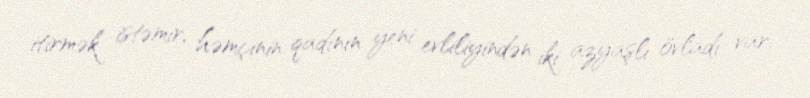
itirmək istəmir, həmçinin qadının yeni evliliyindən iki azyaşlı övladı var.